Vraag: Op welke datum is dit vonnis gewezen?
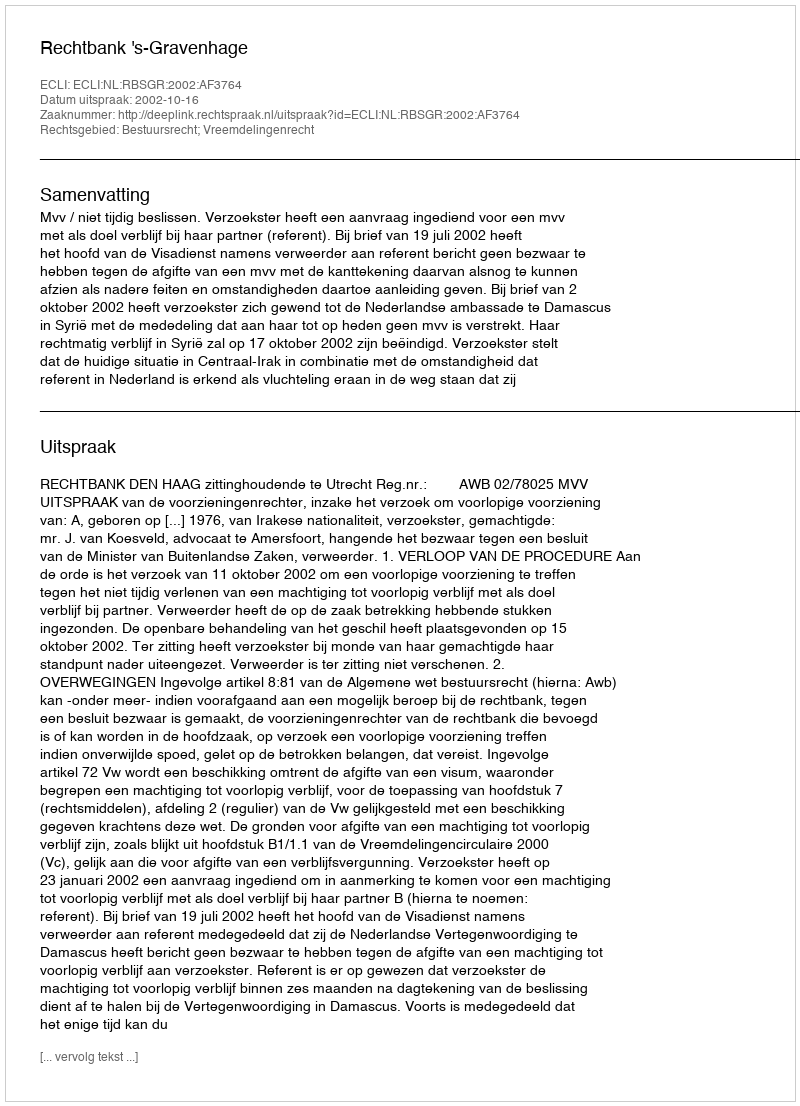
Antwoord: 2002-10-16